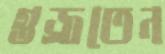
গুজ্‌রতেন